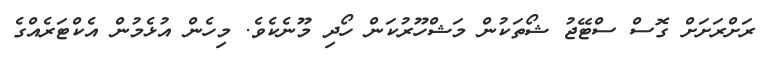
ރަށްރަށަށް ގޮސް ސްޓޭޖު ޝޯތަކުން މަޝްހޫރުކަން ހޯދި މޫނެކެވެ. މިހެން އުޅެމުން އެކްޓަރެއްގެ